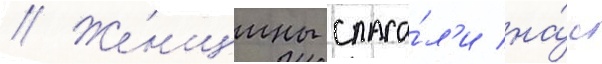
// Же́нщины спаса́л'и на́с